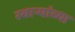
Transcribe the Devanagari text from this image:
स्वाऱ्यांच्या